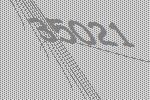
35021